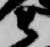
衛